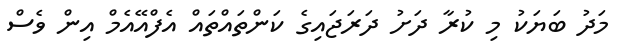
މަދު ބަޔަކު މި ކުރާ ދަށު ދަރަޖައިގެ ކަންތައްތައް އެފްއޭއެމް އިން ވެސް